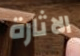
الاثارة